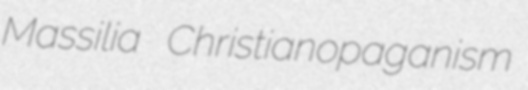
Massilia Christianopaganism